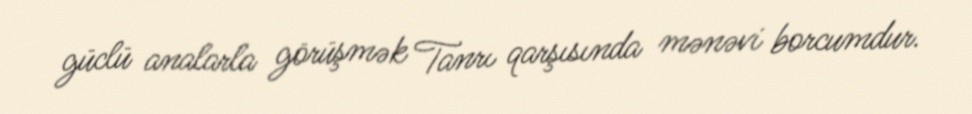
güclü analarla görüşmək Tanrı qarşısında mənəvi borcumdur.